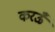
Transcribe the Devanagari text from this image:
करऊँ